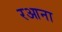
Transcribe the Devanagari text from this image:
रआना